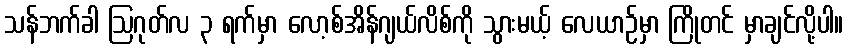
သန်ဘက်ခါ ဩဂုတ်လ ၃ ရက်မှာ လော့စ်အိန်ဂျယ်လိစ်ကို သွားမယ့် လေယာဉ်မှာ ကြိုတင် မှာချင်လို့ပါ။